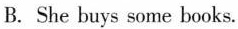
B. She buys some books.